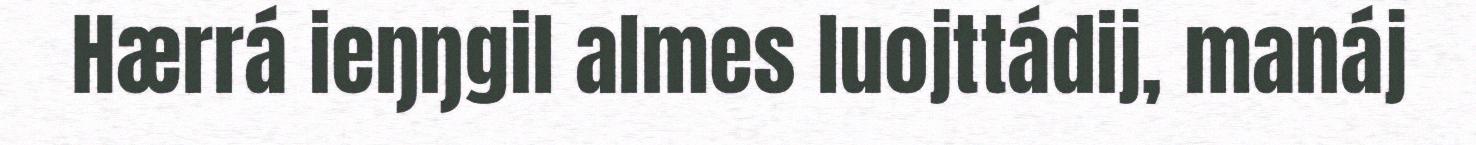
Hærrá ieŋŋgil almes luojttádij, manáj